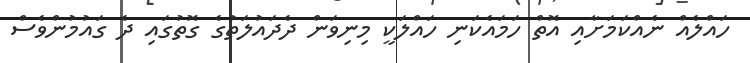
ހައްލެއް ނެއްކަމަށާއި އޮތް ހަމައެކަނި ހައްލަކީ މިނިވަން ދެދައުލަތުގެ ގޮތުގައި ދެ ގައުމުންވެސް